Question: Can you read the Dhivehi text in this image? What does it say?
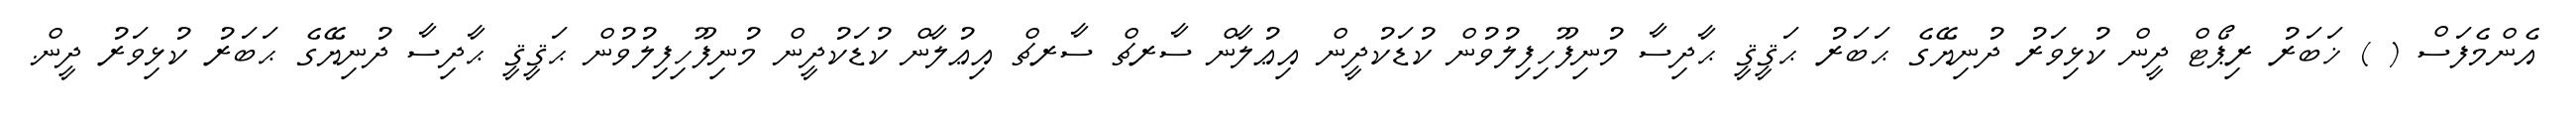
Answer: އެންމެފަސް ( ) ޚަބަރު ރިޕޯޓް ދީން ކުޅިވަރު ދުނިޔޭގެ ޙަބަރު ޙަޤީޤީ ޙާދިސާ މުނިފޫހިފިލުވުން ކުޑަކުދީން އިޢުލާން ސާރޗް ސާރޗް އިޢުލާން ކުޑަކުދީން މުނިފޫހިފިލުވުން ޙަޤީޤީ ޙާދިސާ ދުނިޔޭގެ ޙަބަރު ކުޅިވަރު ދީން.